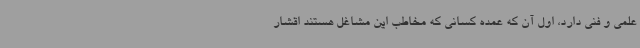
علمی و فنی دارد، اول آن که عمده کسانی که مخاطب این مشاغل هستند اقشار